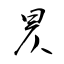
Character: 昃